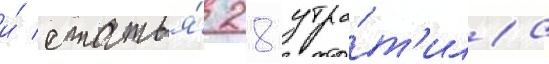
и́ статья́ 28 утра́т'ила